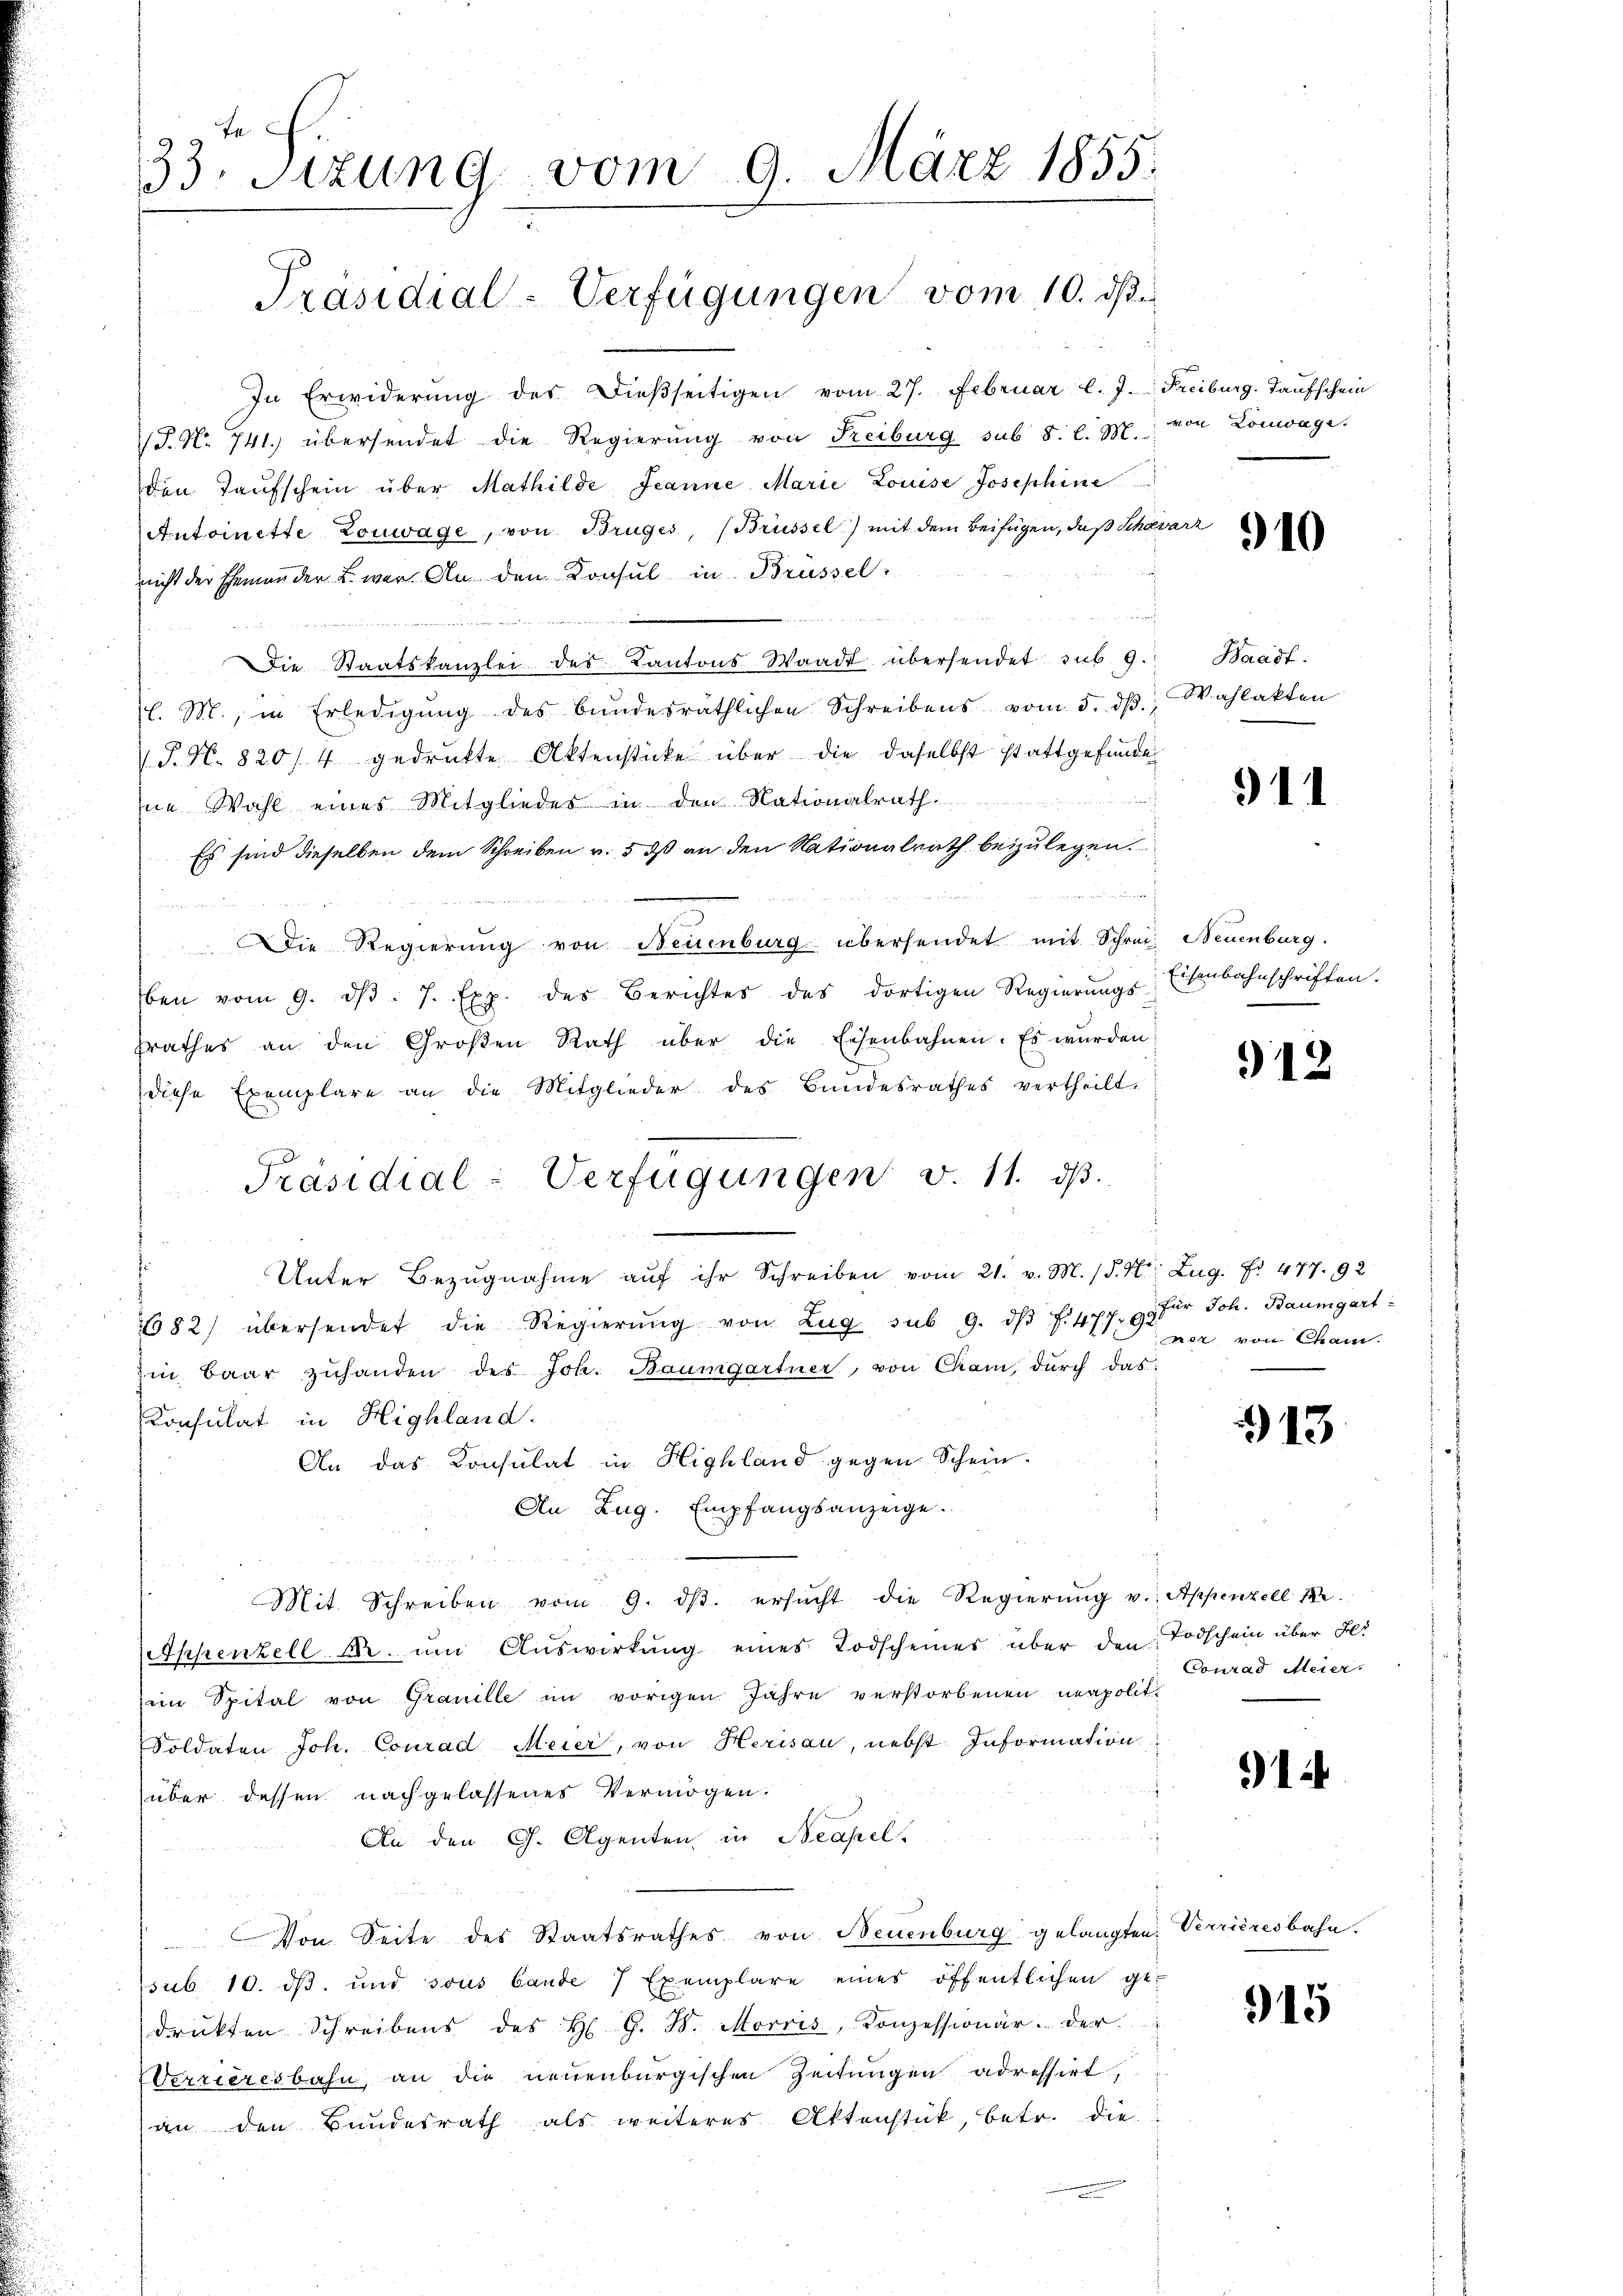
33. Sitzung vom 9. März 1855.

Präsidial-Verfügungen vom 10. ds.

In Erwiderung des dießseitigen vom 27. Februar l. J. Freiburg, Taufschein
 P. Nr. 741. übersendet die Regierŭng von Freiburg sub 8. l. Zt. von Lonwage.
den Taufschein über Mathilde Jeanne Marie Louise Josephine
Antoinette Louwage, von Bruges, (Brüssel) mit dem Beifügen, daß Scheva
nicht der Ehemander L. war. An den Konsul in Brüssel

Die Staatskanzlei des Kantons Waadt übersendet sub. 9.
l. M., in Erledigŭng des bundesräthlichen Schreibens vom 5. dβ. Wahlakten
P. N. 820/4 gedrukte Aktenstücke über die daselbst stattgefunden
ie Wahl eines Mitgliedes in den Nationalrath
Es sind dieselben dem Schreiben u. 5 dß an den Nationalrath beizulegen.

Die Regierung von Neuenburg übersendet mit Schreiz Neuenburg.
ben vom 9. d. 7. Exp. des Berichtes des dortigen Regierungs-Eisenbahnschriften.
srathes an den Großen Rath über die Eisenbahnen. Es wurden
diese Exemplare an die Mitglieder des Bundesrathes vertheilt.
g
Unter Bezugnahme aŭf ihr Schreiben vom 21. v. M. /. M. Zug. No. 477. 92
82) übersendet die Regierŭng von Zug, sub 9. dβ f. 477. 92
zi Baar zŭhanden des Joh. Baumgartner, von Cham, durch das
Konsulat in Highland.
An das Konsulat in Highland gegen Schein.
An Zug. Empfangsanzeige.
Mit. Schreiben vom 9. dβ. ersŭcht die Regierŭng v. Appenzell Me
Appenzell A. ŭm Aŭswirkŭng eines Todscheines über den Todschein über Hei
eim Spital von Granille im vorigen Jahre verstorbenen neapolit.
Soldaten Joh. Conrad Meier, von Herisau, nebst Information
über dessen nachgelassenes Vermögen:
An den G. Agenten in Neapel.
Von Seite des Staatsrathes von Neuenburg gelangten Verrieresbahn.
sub. 10. ds. und sous bande 7 Exemplare eines öffentlichen get
drükten Schreibens des H. G. B. Morris, Konzessionär der
Verrieresbahn, an die neuenburgischen Zeitungen adressirt,
an den Bundesrath als weiteres Aktenstück, betr. die

Präsidial-Verfügungen v. 11. dβ.

910

Waadt.

911

2

912

für Joh. Baumgart-
ner von Cham.

913

Conrad Meier.

)

915